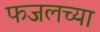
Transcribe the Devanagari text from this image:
फजलच्या